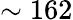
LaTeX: \sim 162